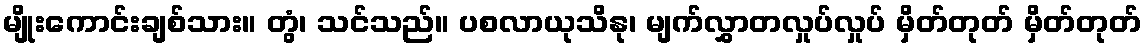
မျိုးကောင်းချစ်သား။ တွံ၊ သင်သည်။ ပစလာယုသိနု၊ မျက်လွှာတလှုပ်လှုပ် မှိတ်တုတ် မှိတ်တုတ်